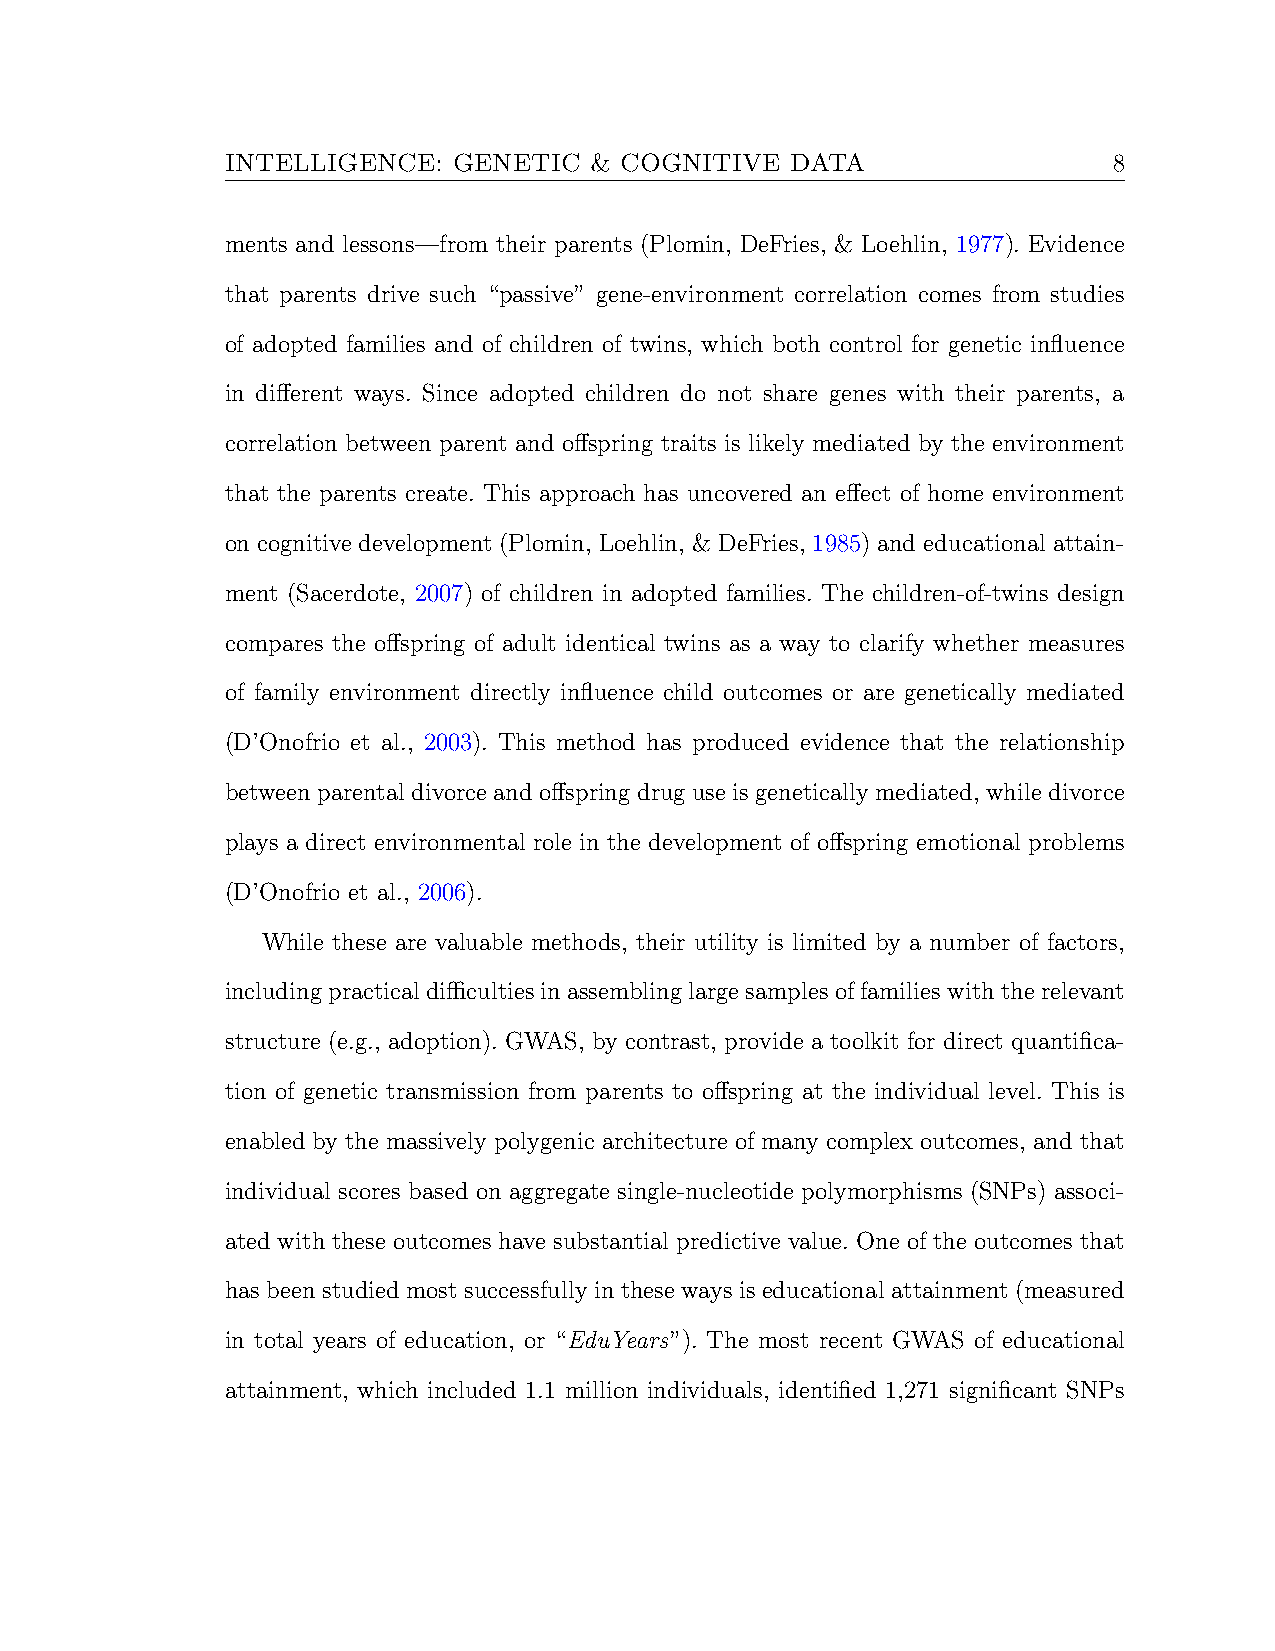
INTELLIGENCE:  GENETIC  & COGNITIVE  DATA                  8
 ments and lessons—from their parents (Plomin, DeFries, & Loehlin, 1977). Evidence
 that parents drive such “passive” gene-environment correlation comes from studies
 of adopted families and of children of twins, which both control for genetic influence
 in different ways. Since adopted children do not share genes with their parents, a
 correlation between parent and offspring traits is likely mediated by the environment
 that the parents create. This approach has uncovered an effect of home environment
 on cognitive development (Plomin, Loehlin, & DeFries, 1985) and educational attain-
 ment (Sacerdote, 2007) of children in adopted families. The children-of-twins design
 compares the offspring of adult identical twins as a way to clarify whether measures
 of family environment directly influence child outcomes or are genetically mediated
 (D’Onofrio et al., 2003). This method has produced evidence that the relationship
 between parental divorce and offspring drug use is genetically mediated, while divorce
 plays a direct environmental role in the development of offspring emotional problems
 (D’Onofrio et al., 2006).
 While these are valuable methods, their utility is limited by a number of factors,
 includingpracticaldifficultiesinassemblinglargesamplesoffamilieswiththerelevant
 structure (e.g., adoption). GWAS, by contrast, provide a toolkit for direct quantifica-
 tion of genetic transmission from parents to offspring at the individual level. This is
 enabled by the massively polygenic architecture of many complex outcomes, and that
 individual scores based on aggregate single-nucleotide polymorphisms (SNPs) associ-
 ated with these outcomes have substantial predictive value. One of the outcomes that
 has been studied most successfully in these ways is educational attainment (measured
 in total years of education, or “EduYears”). The most recent GWAS of educational
 attainment, which included 1.1 million individuals, identified 1,271 significant SNPs